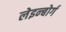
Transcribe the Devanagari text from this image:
लेइन्बोर्ग